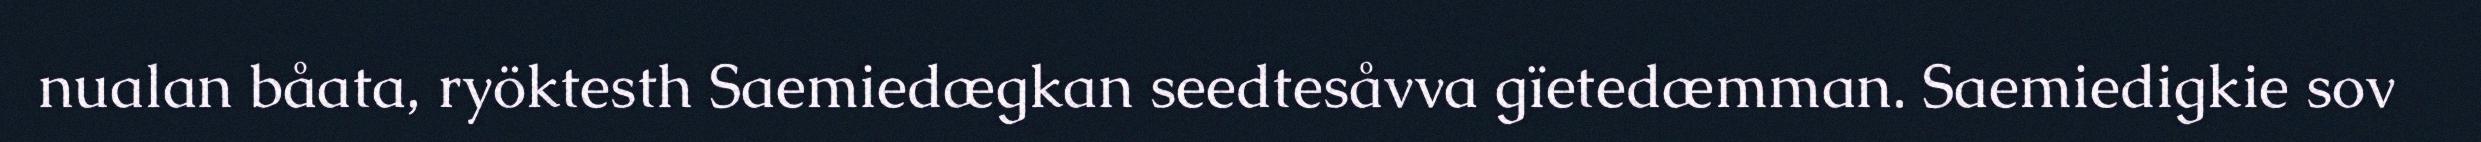
nualan båata, ryöktesth Saemiedægkan seedtesåvva gïetedæmman. Saemiedigkie sov